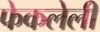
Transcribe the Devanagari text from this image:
फेकलेली